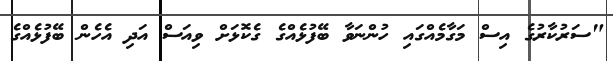
"ސަރުކާރުގެ އިސް މަގާމެއްގައި ހުންނަވާ ބޭފުޅެއްގެ ގެކޮޅަށް ވިއަސް އަދި އެހެން ބޭފުޅެއްގެ